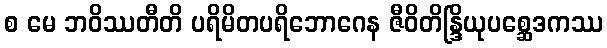
စ မေ ဘဝိဿတီတိ ပရိမိတပရိဘောဂေန ဇီဝိတိန္ဒြိယုပစ္ဆေဒကဿ